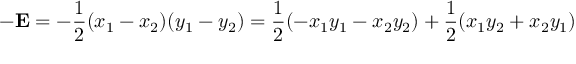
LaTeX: - \mathbf { E } = - { \frac { 1 } { 2 } } ( x _ { 1 } - x _ { 2 } ) ( y _ { 1 } - y _ { 2 } ) = { \frac { 1 } { 2 } } ( - x _ { 1 } y _ { 1 } - x _ { 2 } y _ { 2 } ) + { \frac { 1 } { 2 } } ( x _ { 1 } y _ { 2 } + x _ { 2 } y _ { 1 } )